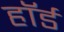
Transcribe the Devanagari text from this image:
हॉर्ड